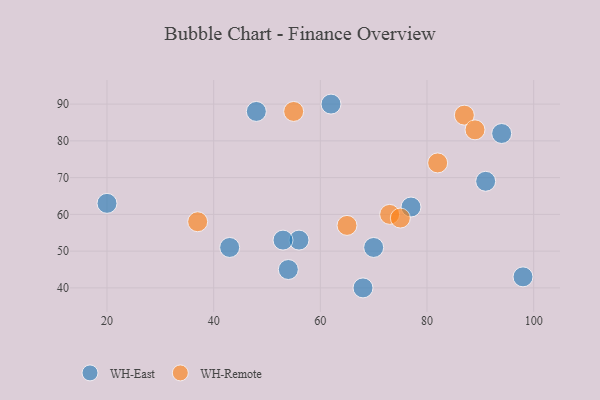
{"axis": {"x": "GDP", "y": "Life Expectancy"}, "legend": ["WH-East", "WH-Remote"], "data": [{"x": "48", "y": 88, "type": "WH-East"}, {"x": "20", "y": 63, "type": "WH-East"}, {"x": "70", "y": 51, "type": "WH-East"}, {"x": "94", "y": 82, "type": "WH-East"}, {"x": "54", "y": 45, "type": "WH-East"}, {"x": "68", "y": 40, "type": "WH-East"}, {"x": "77", "y": 62, "type": "WH-East"}, {"x": "43", "y": 51, "type": "WH-East"}, {"x": "56", "y": 53, "type": "WH-East"}, {"x": "98", "y": 43, "type": "WH-East"}, {"x": "62", "y": 90, "type": "WH-East"}, {"x": "91", "y": 69, "type": "WH-East"}, {"x": "53", "y": 53, "type": "WH-East"}, {"x": "87", "y": 87, "type": "WH-Remote"}, {"x": "82", "y": 74, "type": "WH-Remote"}, {"x": "55", "y": 88, "type": "WH-Remote"}, {"x": "89", "y": 83, "type": "WH-Remote"}, {"x": "65", "y": 57, "type": "WH-Remote"}, {"x": "73", "y": 60, "type": "WH-Remote"}, {"x": "37", "y": 58, "type": "WH-Remote"}, {"x": "75", "y": 59, "type": "WH-Remote"}]}